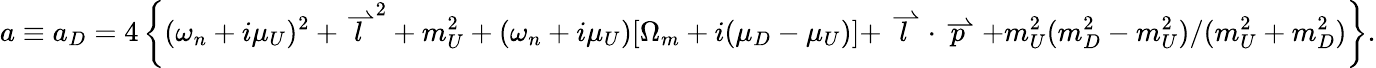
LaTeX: a\equiv a_{D}=4\left\{ (\omega_{n}+i\mu_{U})^{2}+{\stackrel{\rightharpoonup}{l}}^{2}+m_{U}^{2}+(\omega_{n}+i\mu_{U})[\Omega_{m}+i(\mu_{D}-\mu_{U})]+\stackrel{\rightharpoonup}{l}\cdot\stackrel{\rightharpoonup}{p}+m_{U}^{2}(m_{D}^{2}-m_{U}^{2})/(m_{U}^{2}+m_{D}^{2})\right\} .